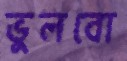
ভুলবো